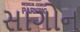
સાગોન